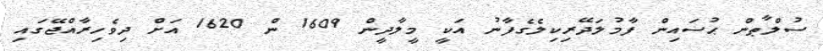
ސުލްޠާން ޙުސައިން ފާމުލަދޭރިކިލެގެފާނު އަކީ މީލާދީން 1609 ން 1620 އަށް ދިވެހިރާއްޖޭގައި